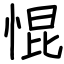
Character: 惃